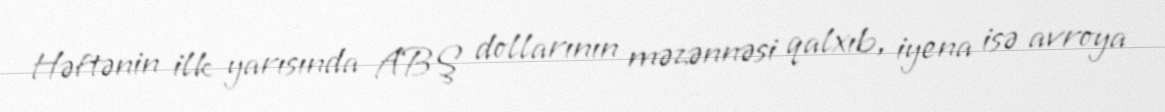
Həftənin ilk yarısında ABŞ dollarının məzənnəsi qalxıb, iyena isə avroya